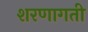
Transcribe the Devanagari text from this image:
शरणागती